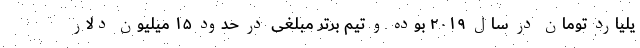
یلیارد تومان در سال ۲۰۱۹ بوده و تیم برتر مبلغی در حدود ۱۵ میلیون دلار